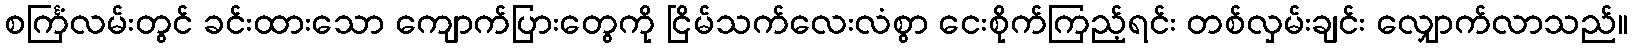
စင်္ကြံလမ်းတွင် ခင်းထားသော ကျောက်ပြားတွေကို ငြိမ်သက်လေးလံစွာ ငေးစိုက်ကြည့်ရင်း တစ်လှမ်းချင်း လျှောက်လာသည်။